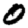
Digit: 0